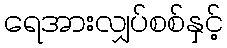
ရေအားလျှပ်စစ်နှင့်